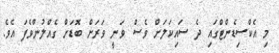
މި އެކްސިޑެންޓްގައި ދެ ސައިކަލަށް ވެސް ވަނީ ވަރަށް ބޮޑަށް ގެއްލުންވެފަ އެވެ.